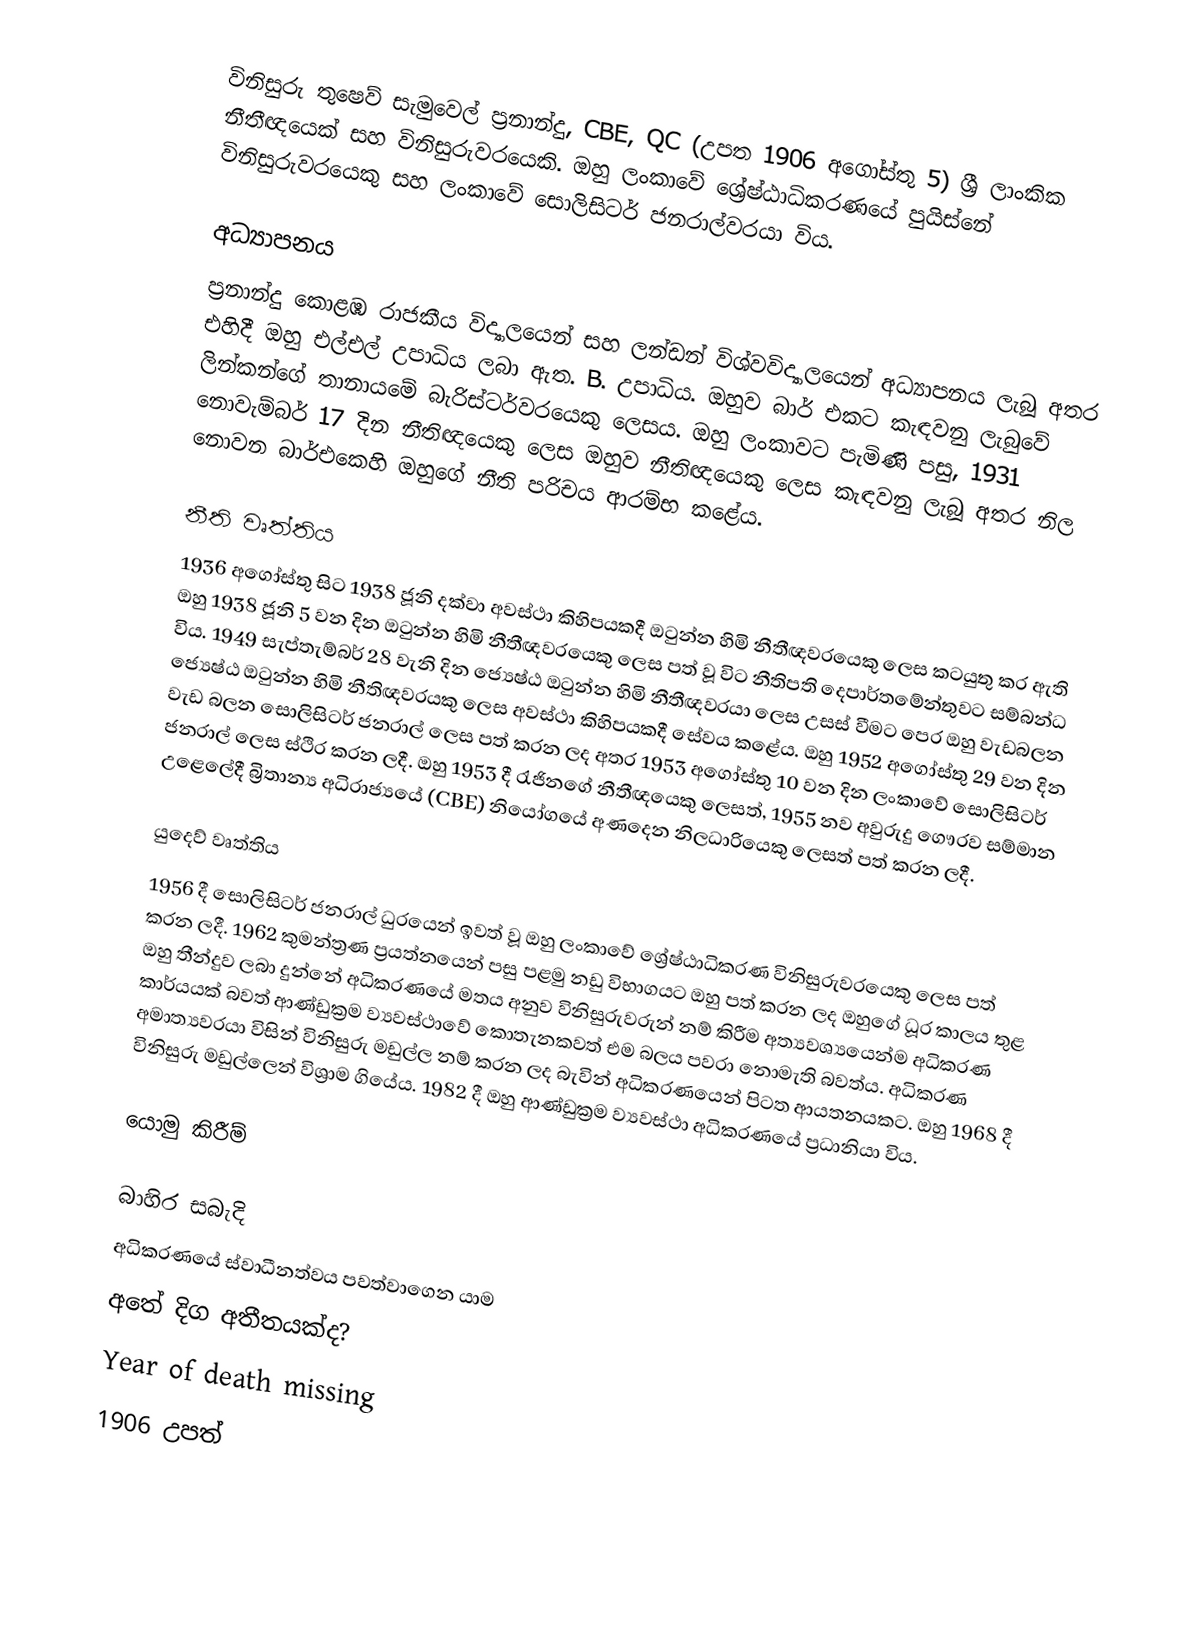
විනිසුරු තුෂෙව් සැමුවෙල් ප්‍රනාන්දු, CBE, QC (උපත 1906 අගෝස්තු 5) ශ්‍රී ලාංකික නීතීඥයෙක් සහ විනිසුරුවරයෙකි. ඔහු ලංකාවේ ශ්‍රේෂ්ඨාධිකරණයේ පුයිස්නේ විනිසුරුවරයෙකු සහ ලංකාවේ සොලිසිටර් ජනරාල්වරයා විය.

අධ්‍යාපනය
ප්‍රනාන්දු කොළඹ රාජකීය විද්‍යාලයෙන් සහ ලන්ඩන් විශ්වවිද්‍යාලයෙන් අධ්‍යාපනය ලැබූ අතර එහිදී ඔහු එල්එල් උපාධිය ලබා ඇත. B. උපාධිය. ඔහුව බාර් එකට කැඳවනු ලැබුවේ ලින්කන්ගේ තානායමේ බැරිස්ටර්වරයෙකු ලෙසය. ඔහු ලංකාවට පැමිණි පසු, 1931 නොවැම්බර් 17 දින නීතිඥයෙකු ලෙස ඔහුව නීතිඥයෙකු ලෙස කැඳවනු ලැබූ අතර නිල නොවන බාර්එකෙහි ඔහුගේ නීති පරිචය ආරම්භ කළේය.

නීති වෘත්තිය
1936 අගෝස්තු සිට 1938 ජූනි දක්වා අවස්ථා කිහිපයකදී ඔටුන්න හිමි නීතීඥවරයෙකු ලෙස කටයුතු කර ඇති ඔහු 1938 ජූනි 5 වන දින ඔටුන්න හිමි නීතීඥවරයෙකු ලෙස පත් වූ විට නීතිපති දෙපාර්තමේන්තුවට සම්බන්ධ විය. 1949 සැප්තැම්බර් 28 වැනි දින ජ්‍යෙෂ්ඨ ඔටුන්න හිමි නීතීඥවරයා ලෙස උසස් වීමට පෙර ඔහු වැඩබලන ජ්‍යෙෂ්ඨ ඔටුන්න හිමි නීතිඥවරයකු ලෙස අවස්ථා කිහිපයකදී සේවය කළේය. ඔහු 1952 අගෝස්තු 29 වන දින වැඩ බලන සොලිසිටර් ජනරාල් ලෙස පත් කරන ලද අතර 1953 අගෝස්තු 10 වන දින ලංකාවේ සොලිසිටර් ජනරාල් ලෙස ස්ථිර කරන ලදී. ඔහු 1953 දී රැජිනගේ නීතීඥයෙකු ලෙසත්, 1955 නව අවුරුදු ගෞරව සම්මාන උළෙලේදී බ්‍රිතාන්‍ය අධිරාජ්‍යයේ (CBE) නියෝගයේ අණදෙන නිලධාරියෙකු ලෙසත් පත් කරන ලදී.

යුදෙව් වෘත්තිය
1956 දී සොලිසිටර් ජනරාල් ධුරයෙන් ඉවත් වූ ඔහු ලංකාවේ ශ්‍රේෂ්ඨාධිකරණ විනිසුරුවරයෙකු ලෙස පත් කරන ලදී. 1962 කුමන්ත්‍රණ ප්‍රයත්නයෙන් පසු පළමු නඩු විභාගයට ඔහු පත් කරන ලද ඔහුගේ ධූර කාලය තුළ ඔහු තීන්දුව ලබා දුන්නේ අධිකරණයේ මතය අනුව විනිසුරුවරුන් නම් කිරීම අත්‍යවශ්‍යයෙන්ම අධිකරණ කාර්යයක් බවත් ආණ්ඩුක්‍රම ව්‍යවස්ථාවේ කොතැනකවත් එම බලය පවරා නොමැති බවත්ය. අධිකරණ අමාත්‍යවරයා විසින් විනිසුරු මඩුල්ල නම් කරන ලද බැවින් අධිකරණයෙන් පිටත ආයතනයකට. ඔහු 1968 දී විනිසුරු මඩුල්ලෙන් විශ්‍රාම ගියේය. 1982 දී ඔහු ආණ්ඩුක්‍රම ව්‍යවස්ථා අධිකරණයේ ප්‍රධානියා විය.

යොමු කිරීම්

බාහිර සබැදි
 අධිකරණයේ ස්වාධීනත්වය පවත්වාගෙන යාම
 අතේ දිග අතීතයක්ද?
Year of death missing
1906 උපත්